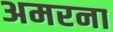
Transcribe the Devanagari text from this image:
अमरना